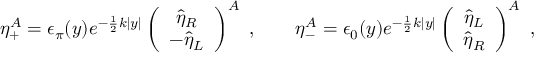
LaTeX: \eta _ { + } ^ { A } = \epsilon _ { \pi } ( y ) e ^ { - \frac { 1 } { 2 } k | y | } \left( \begin{array} { c } { { \hat { \eta } _ { R } } } \\ { { - \hat { \eta } _ { L } } } \end{array} \right) ^ { A } \ , \qquad \eta _ { - } ^ { A } = \epsilon _ { 0 } ( y ) e ^ { - \frac { 1 } { 2 } k | y | } \left( \begin{array} { c } { { \hat { \eta } _ { L } } } \\ { { \hat { \eta } _ { R } } } \end{array} \right) ^ { A } \ ,